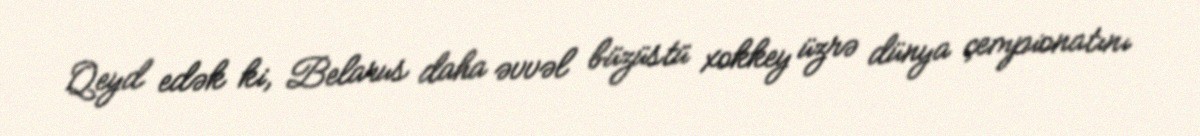
Qeyd edək ki, Belarus daha əvvəl büzüstü xokkey üzrə dünya çempionatını